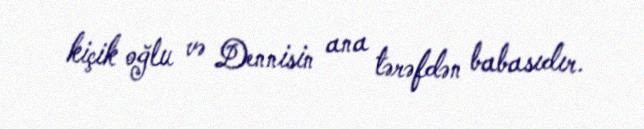
kiçik oğlu və Dennisin ana tərəfdən babasıdır.